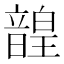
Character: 韹